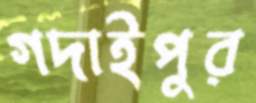
গদাইপুর